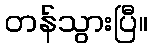
တန်သွားပြီ။